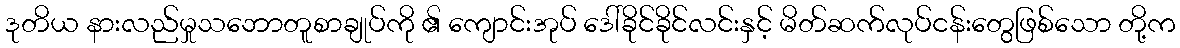
ဒုတိယ နားလည်မှုသဘောတူစာချုပ်ကို ၏ ကျောင်းအုပ် ဒေါ်ခိုင်ခိုင်လင်းနှင့် မိတ်ဆက်လုပ်ငန်းတွေဖြစ်သော တို့က